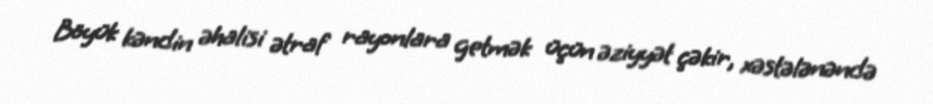
Böyük kəndin əhalisi ətraf rayonlara getmək üçün əziyyət çəkir, xəstələnəndə